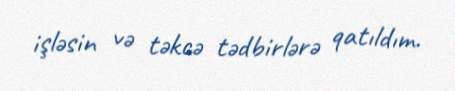
işləsin və təkcə tədbirlərə qatıldım.